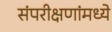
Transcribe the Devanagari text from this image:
संपरीक्षणांमध्ये